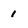
Character: 1